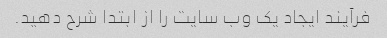
فرآیند ایجاد یک وب سایت را از ابتدا شرح دهید.